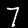
Digit: 7